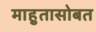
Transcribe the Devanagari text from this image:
माहुतासोबत